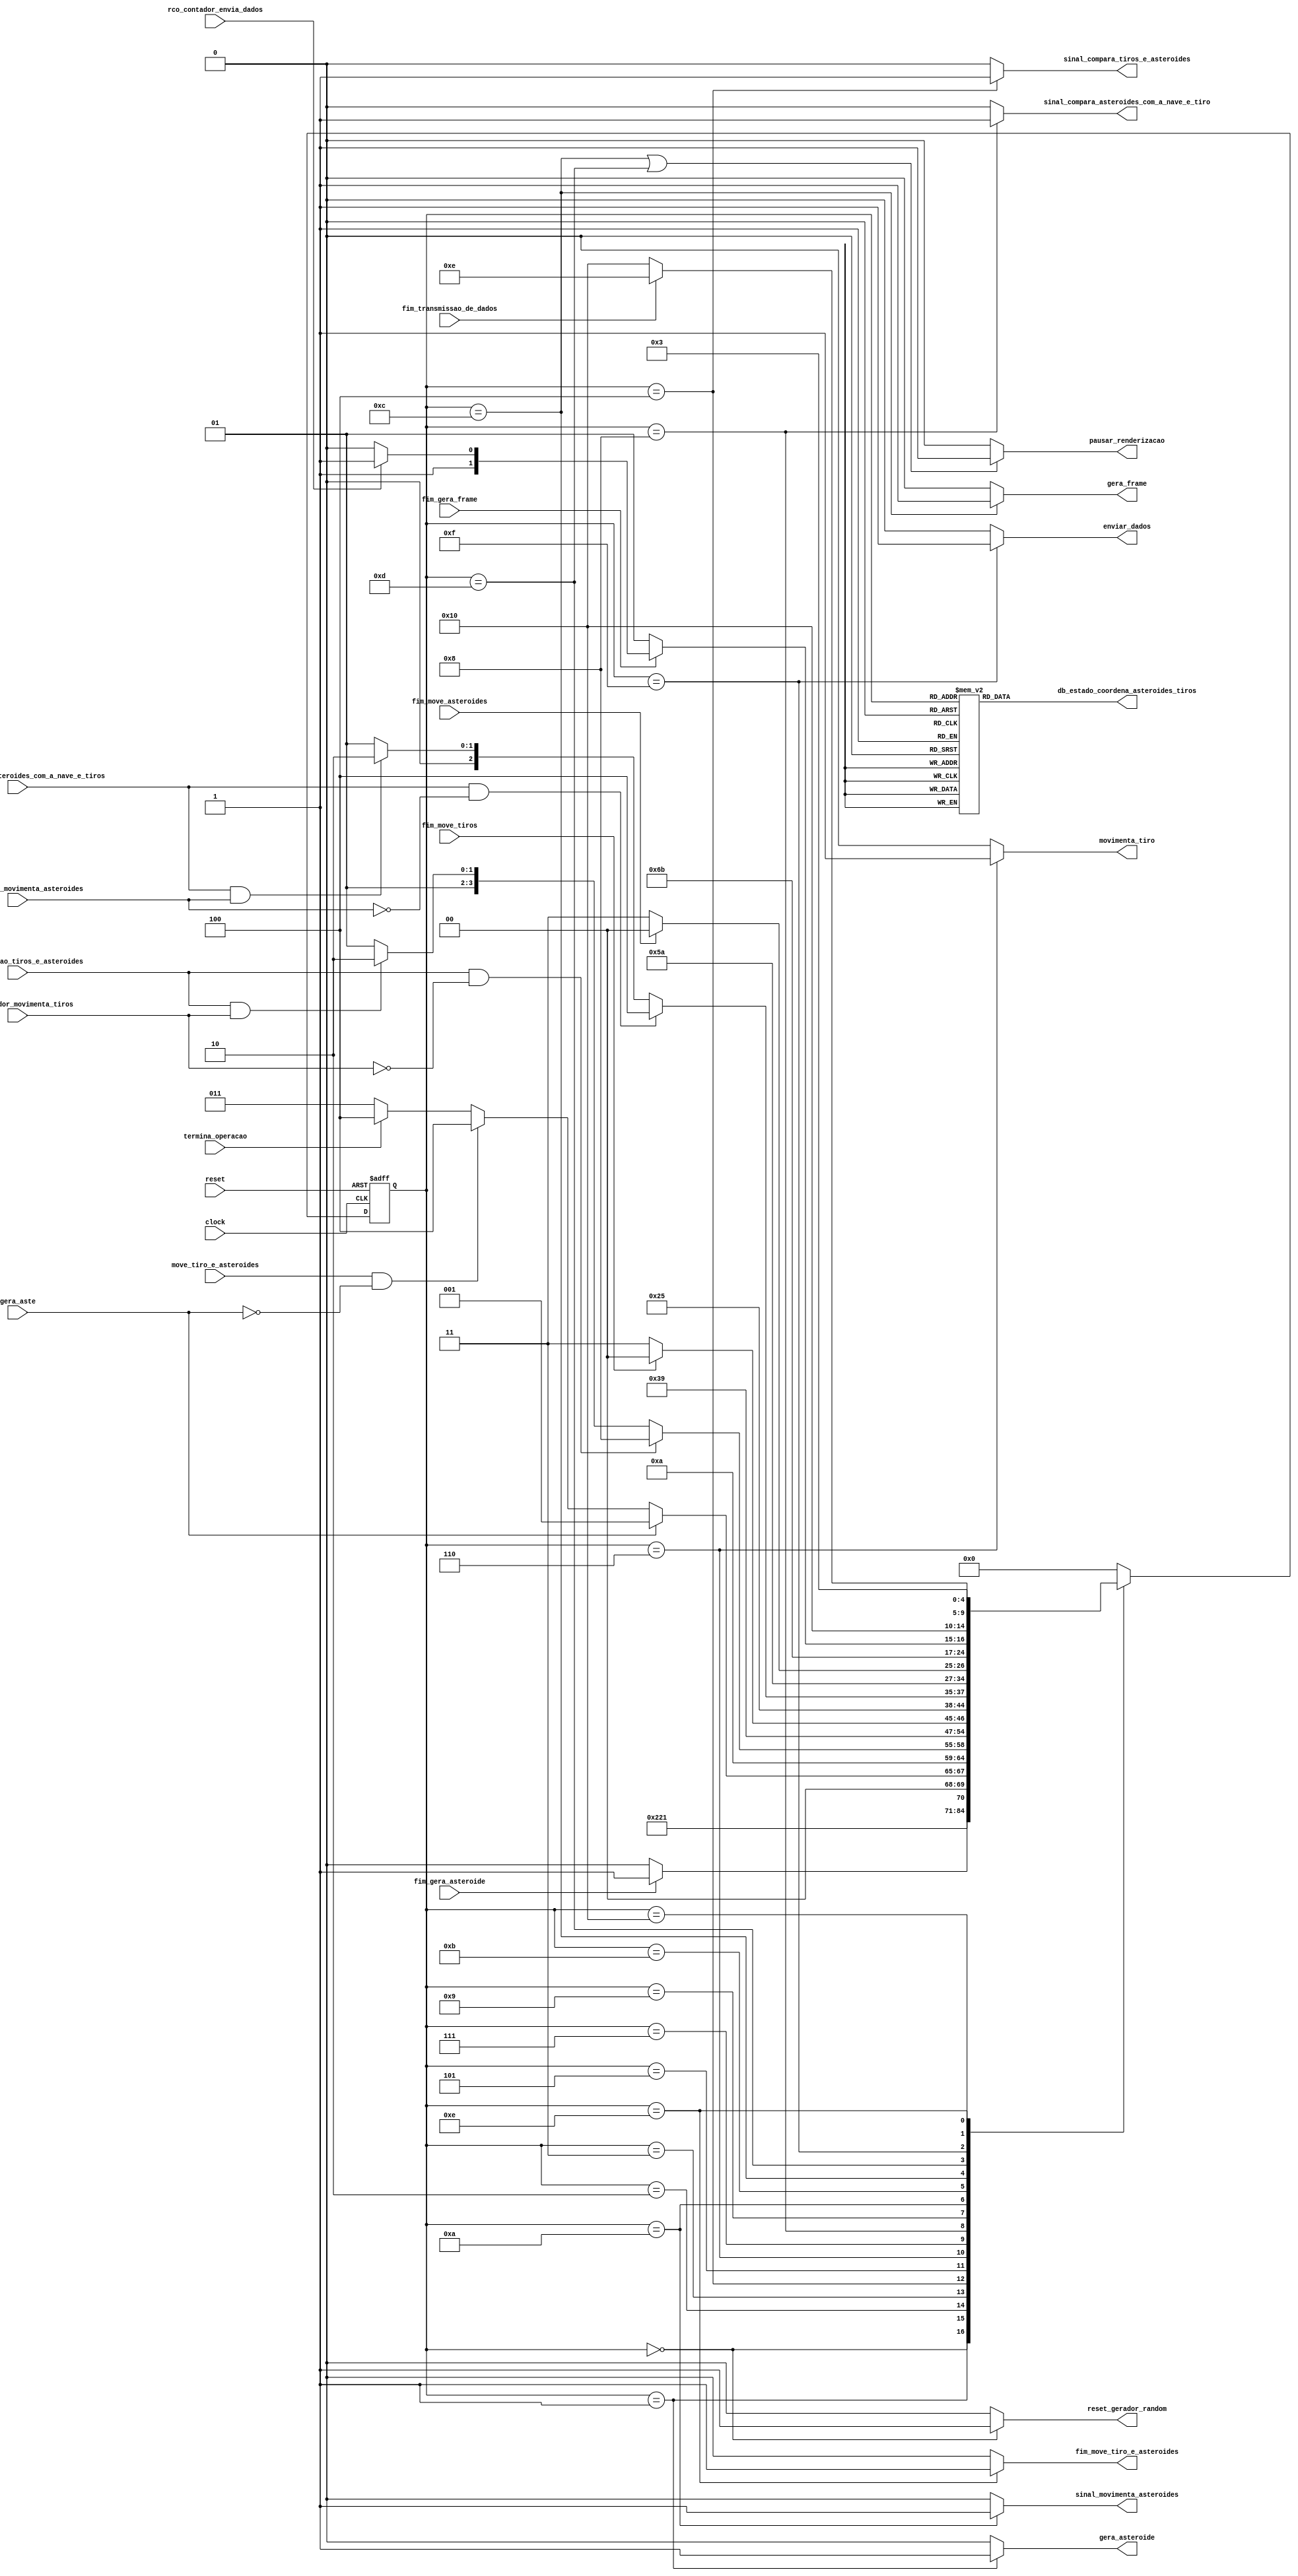
/*

*   Unidade de controle utilzada para coordenar o movimento, comparao de asteroides 
*   e tiros e de coordenar a gerao de asteroides, ela  pausada quando "instncia" outras unidades
*
*/

module uc_coordena_asteroides_tiros (
    /*input*/
    input clock,
    input reset,

    input rco_contador_envia_dados,

    input move_tiro_e_asteroides, 
    input rco_contador_movimenta_asteroides,
    input rco_contador_movimenta_tiros,
    input fim_move_tiros, 
    input fim_move_asteroides,
    input fim_comparacao_asteroides_com_a_nave_e_tiros, 
    input fim_comparacao_tiros_e_asteroides,
    input fim_gera_frame,
    input fim_gera_asteroide,
    input fim_transmissao_de_dados,
    input gera_aste,
    input termina_operacao,
    /*output*/
    output reg movimenta_tiro,
    output reg sinal_movimenta_asteroides, 
    output reg sinal_compara_tiros_e_asteroides,
    output reg sinal_compara_asteroides_com_a_nave_e_tiro , 
    output reg fim_move_tiro_e_asteroides,             
    output reg gera_frame,
    output reg pausar_renderizacao, 
    output reg gera_asteroide, 
    output reg reset_gerador_random,
    output reg enviar_dados,
    output reg [4:0] db_estado_coordena_asteroides_tiros

);

    parameter inicio                                      = 5'b00000; // 0
    parameter inicia_gera_aste                            = 5'b00001; // 1
    parameter espera_gera_aste                            = 5'b00010; // 2
    parameter espera                                      = 5'b00011; // 3
    parameter compara_tiros_e_asteroides                  = 5'b00100; // 4
    parameter espera_compara_tiros_e_asteroides           = 5'b00101; // 5
    parameter move_tiros                                  = 5'b00110; // 6
    parameter espera_move_tiros                           = 5'b00111; // 7
    parameter compara_asteroides_com_a_nave_e_tiro        = 5'b01000; // 8
    parameter espera_compara_asteroides_com_a_nave_e_tiro = 5'b01001; // 9
    parameter move_asteroides                             = 5'b01010; // 10
    parameter espera_move_asteroides                      = 5'b01011; // 11
    parameter inicia_gera_frame                           = 5'b01100; // 12
    parameter espera_gera_frame                           = 5'b01101; // 13
    parameter fim_movimentacao                            = 5'b01110; // 14     
    parameter inicia_transmissao_de_dados                 = 5'b01111; // 15
    parameter espera_transmissao_de_dados                 = 5'b10000; // 16
    parameter erro                                        = 5'b11111; // 


    // Variveis de estado
    reg [4:0] estado_atual, proximo_estado;

    // Memria de estado
    always @(posedge clock or posedge reset) begin
        if (reset)
            estado_atual <= inicio;
        else
            estado_atual <= proximo_estado;
    end


    // Lgica de transio de estados
    always @* begin
        case (estado_atual)
            inicio:                                      proximo_estado = inicia_gera_aste;
            inicia_gera_aste:                            proximo_estado = espera_gera_aste;
            espera_gera_aste:                            proximo_estado = fim_gera_asteroide ? espera : espera_gera_aste;
            espera:                                      proximo_estado = gera_aste ? inicia_gera_aste : 
                                                                          (move_tiro_e_asteroides && ~gera_aste) ? compara_tiros_e_asteroides : 
                                                                          (termina_operacao) ?compara_tiros_e_asteroides : espera;                                                            
            compara_tiros_e_asteroides:                  proximo_estado = espera_compara_tiros_e_asteroides;
            espera_compara_tiros_e_asteroides:           proximo_estado = (fim_comparacao_tiros_e_asteroides && ~rco_contador_movimenta_tiros) ? compara_asteroides_com_a_nave_e_tiro :
                                                                          (fim_comparacao_tiros_e_asteroides && rco_contador_movimenta_tiros) ? move_tiros : espera_compara_tiros_e_asteroides;
            move_tiros:                                  proximo_estado = espera_move_tiros;
            espera_move_tiros:                           proximo_estado = fim_move_tiros ? compara_tiros_e_asteroides : espera_move_tiros;
            compara_asteroides_com_a_nave_e_tiro:        proximo_estado = espera_compara_asteroides_com_a_nave_e_tiro;
            espera_compara_asteroides_com_a_nave_e_tiro: proximo_estado = (fim_comparacao_asteroides_com_a_nave_e_tiros && ~rco_contador_movimenta_asteroides) ? inicia_gera_frame :
                                                                          (fim_comparacao_asteroides_com_a_nave_e_tiros && rco_contador_movimenta_asteroides) ? move_asteroides :
                                                                          espera_compara_asteroides_com_a_nave_e_tiro;
            move_asteroides:                             proximo_estado = espera_move_asteroides;
            espera_move_asteroides:                      proximo_estado = fim_move_asteroides ? compara_asteroides_com_a_nave_e_tiro : espera_move_asteroides;
            inicia_gera_frame:                           proximo_estado = espera_gera_frame; 
            espera_gera_frame:                           proximo_estado = ~fim_gera_frame ? espera_gera_frame : rco_contador_envia_dados ? inicia_transmissao_de_dados : fim_movimentacao; 
            inicia_transmissao_de_dados:                 proximo_estado = espera_transmissao_de_dados;
            espera_transmissao_de_dados:                 proximo_estado = fim_transmissao_de_dados ? fim_movimentacao : espera_transmissao_de_dados;
            fim_movimentacao:                            proximo_estado = espera;
            default:                                     proximo_estado = inicio;
        endcase
    end

    // Lgica de sada (maquina Moore)
    always @* begin
        reset_gerador_random             = (estado_atual == inicio)                     ? 1'b1 : 1'b0;
        sinal_compara_tiros_e_asteroides = (estado_atual == compara_tiros_e_asteroides) ? 1'b1 : 1'b0;
        movimenta_tiro                   = (estado_atual == move_tiros)                 ? 1'b1 : 1'b0;
        sinal_movimenta_asteroides       = (estado_atual == move_asteroides)            ? 1'b1 : 1'b0;
        fim_move_tiro_e_asteroides       = (estado_atual == fim_movimentacao)           ? 1'b1 : 1'b0;
        gera_frame                       = (estado_atual == inicia_gera_frame)          ? 1'b1 : 1'b0;
        gera_asteroide                   = (estado_atual == inicia_gera_aste)           ? 1'b1 : 1'b0;
        pausar_renderizacao              = (estado_atual == inicia_gera_frame || estado_atual == espera_gera_frame) ? 1'b1 : 1'b0;
        sinal_compara_asteroides_com_a_nave_e_tiro = (estado_atual == compara_asteroides_com_a_nave_e_tiro)          ? 1'b1 : 1'b0;
        enviar_dados                     = (estado_atual == inicia_transmissao_de_dados) ? 1'b1 : 1'b0;

        // Sada de depurao (estado)
        case (estado_atual)
            inicio:                                      db_estado_coordena_asteroides_tiros = 5'b00000; // 0
            inicia_gera_aste:                            db_estado_coordena_asteroides_tiros = 5'b00001; // 1
            espera_gera_aste:                            db_estado_coordena_asteroides_tiros = 5'b00010; // 2
            espera:                                      db_estado_coordena_asteroides_tiros = 5'b00011; // 3
            compara_tiros_e_asteroides:                  db_estado_coordena_asteroides_tiros = 5'b00100; // 4
            espera_compara_tiros_e_asteroides:           db_estado_coordena_asteroides_tiros = 5'b00101; // 5
            move_tiros:                                  db_estado_coordena_asteroides_tiros = 5'b00110; // 6
            espera_move_tiros:                           db_estado_coordena_asteroides_tiros = 5'b00111; // 7
            compara_asteroides_com_a_nave_e_tiro:        db_estado_coordena_asteroides_tiros = 5'b01000; // 8
            espera_compara_asteroides_com_a_nave_e_tiro: db_estado_coordena_asteroides_tiros = 5'b01001; // 9
            move_asteroides:                             db_estado_coordena_asteroides_tiros = 5'b01010; // 10
            espera_move_asteroides:                      db_estado_coordena_asteroides_tiros = 5'b01011; // 11
            inicia_gera_frame:                           db_estado_coordena_asteroides_tiros = 5'b01100; // 12
            espera_gera_frame:                           db_estado_coordena_asteroides_tiros = 5'b01101; // 13
            fim_movimentacao:                            db_estado_coordena_asteroides_tiros = 5'b01110; // 14
            inicia_transmissao_de_dados:                 db_estado_coordena_asteroides_tiros = 5'b01111; // 15
            espera_transmissao_de_dados:                 db_estado_coordena_asteroides_tiros = 5'b10000; // 16
            default:                                     db_estado_coordena_asteroides_tiros = 5'b11111; // erro = 31 
        endcase
    end
endmodule